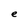
Character: e